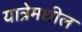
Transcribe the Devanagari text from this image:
यात्रेमधील